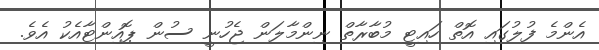
އެންމެ ފުލުގައި އޮތް ހައިޓީ މުބާރާތް ނިންމާލަން ޖެހުނީ ސުން ޕޮއިންޓާއެކު އެވެ.